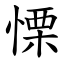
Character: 慄